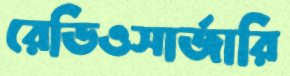
রেডিওসার্জারি